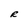
Character: R